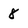
Character: 8